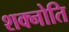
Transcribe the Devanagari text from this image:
शक्नोति